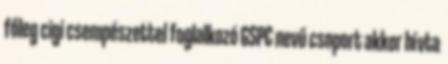
főleg cigi csempészettel foglalkozó GSPC nevű csoport akkor hívta